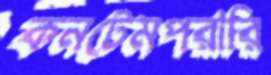
কনটেমপরারি